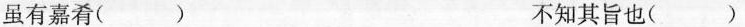
虽有嘉肴（）不知其旨也（）